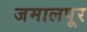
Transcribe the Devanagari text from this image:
जमालपूर